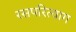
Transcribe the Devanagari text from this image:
रसपरित्याग